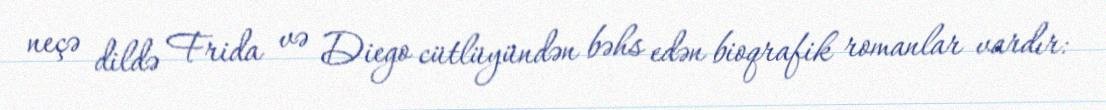
neçə dildə Frida və Diego cütlüyündən bəhs edən bioqrafik romanlar vardır: